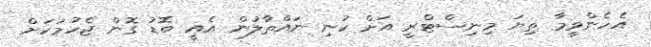
އެހެންވީމާ ތިޔަ މިނިސްޓްރީ އަށް ކުނި ނައްތާލުން އެއީ ބޮޑު ގޮން ޖެހުމަކަށް